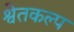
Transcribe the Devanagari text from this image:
श्वेतकल्प